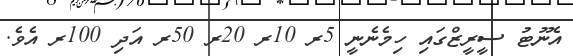
އެނޫޓު ސީރީޒްގައި ހިމެނެނީ 5ރ 10ރ 20ރ 50ރ އަދި 100ރ އެވެ.